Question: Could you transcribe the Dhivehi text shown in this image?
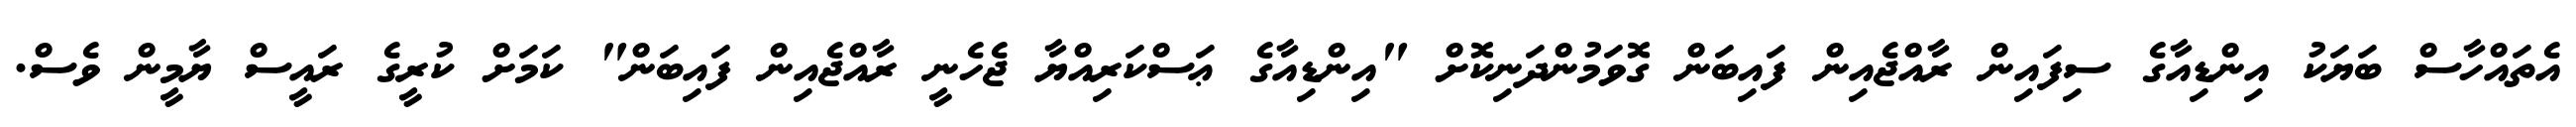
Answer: އެތައްހާސް ބަޔަކު އިންޑިއާގެ ސިފައިން ރާއްޖެއިން ފައިބަން ގޮވަމުންދަނިކޮށް "އިންޑިއާގެ ޢަސްކަރިއްޔާ ޖެހެނީ ރާއްޖެއިން ފައިބަން" ކަމަށް ކުރީގެ ރައީސް ޔާމީން ވެސް.